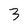
Character: 3